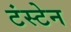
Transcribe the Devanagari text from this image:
टंस्टेन